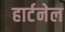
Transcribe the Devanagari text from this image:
हार्टनेल